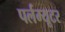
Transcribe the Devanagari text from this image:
पर्लम्यूटर